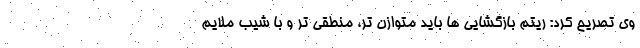
وی تصریح کرد: ریتم بازگشایی ها باید متوازن تر، منطقی تر و با شیب ملایم